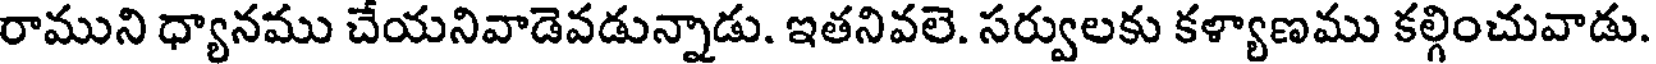
రాముని ధ్యానము చేయనివాడెవడున్నాడు. ఇతనివలె. సర్వులకు కళ్యాణము కల్గించువాడు.